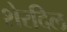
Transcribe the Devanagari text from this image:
शेरदिल